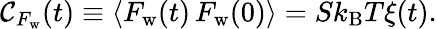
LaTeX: \mathcal{C}_{F_{\mathrm{{w}}}}(t)\equiv\left<F_{\mathrm{{w}}}(t)\, F_{\mathrm{{w}}}(0)\right>=Sk_{\mathrm{{B}}}T\xi(t).